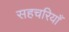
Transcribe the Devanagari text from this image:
सहचरियाँ